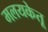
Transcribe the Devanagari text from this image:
मलयकेतू